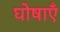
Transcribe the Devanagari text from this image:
घोषाएँ